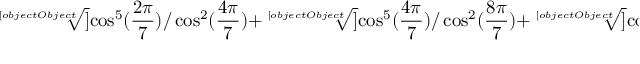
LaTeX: { \sqrt [ [object Object] ] { \cos ^ { 5 } ( { \frac { 2 \pi } { 7 } } ) / \cos ^ { 2 } ( { \frac { 4 \pi } { 7 } } ) } } + { \sqrt [ [object Object] ] { \cos ^ { 5 } ( { \frac { 4 \pi } { 7 } } ) / \cos ^ { 2 } ( { \frac { 8 \pi } { 7 } } ) } } + { \sqrt [ [object Object] ] { \cos ^ { 5 } ( { \frac { 8 \pi } { 7 } } ) / \cos ^ { 2 } ( { \frac { 2 \pi } { 7 } } ) } } = 0 .